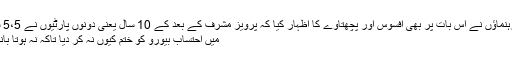
اس ملاقات میں دونوں رہنماؤں نے اس بات پر بھی افسوس اور پچھتاوے کا اظہار کیا کہ پرویز مشرف کے بعد کے 10 سال یعنی دونوں پارٹیوں نے 5،5 سالہ اپنے ادوارِ حکومت
میں احتساب بیورو کو ختم کیوں نہ کر دیا تاکہ نہ ہوتا بانس اور نہ بجتی بانسری۔